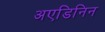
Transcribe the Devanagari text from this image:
अएडिनिन